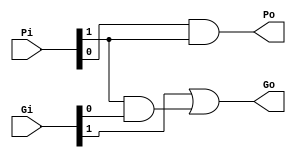
module Black_cell (
    Gi,Pi,
    Go,Po
);
    input wire [1:0] Gi,Pi;
    output wire Go,Po;
    assign Go = Gi[1] | (Pi[1] & Gi[0]);
    assign Po = Pi[0] & Pi[1];
endmodule

module Gray_cell (
    Gi,Pi,
    Go
);
    input wire [1:0] Gi;
    input wire Pi;
    output wire Go;
    assign Go = Gi[1] | (Pi & Gi[0]);
endmodule

module sklansky (
    A,B,Cin,
    S,Cout
);
input wire [15:0]A,B;
input wire Cin;
output wire Cout;
output wire [15:0]S;
wire [16:0]g,p;
assign g[0] = Cin;
assign p[0] = 1'b0;
assign g[16:1] = A & B;
assign p[16:1] = A ^ B;

wire g1[15:0];
wire p1[15:1];
wire g2[15:0];
wire p2[15:1];
wire g3[15:0];
wire p3[15:1];
wire g4[15:0];
wire p4[15:1];

//stage 1
Gray_cell G_1_1({g[1], g[0]}, p[1], g1[1]);
Black_cell B_1_2({g[2], g[1]}, {p[2], p[1]}, g1[2], p1[2]);
Black_cell B_1_3({g[3], g[2]}, {p[3], p[2]}, g1[3], p1[3]);
Black_cell B_1_4({g[4], g[3]}, {p[4], p[3]}, g1[4], p1[4]);
Black_cell B_1_5({g[5], g[4]}, {p[5], p[4]}, g1[5], p1[5]);
Black_cell B_1_6({g[6], g[5]}, {p[6], p[5]}, g1[6], p1[6]);
Black_cell B_1_7({g[7], g[6]}, {p[7], p[6]}, g1[7], p1[7]);
Black_cell B_1_8({g[8], g[7]}, {p[8], p[7]}, g1[8], p1[8]);
Black_cell B_1_9({g[9], g[8]}, {p[9], p[8]}, g1[9], p1[9]);
Black_cell B_1_10({g[10], g[9]}, {p[10], p[9]}, g1[10], p1[10]);
Black_cell B_1_11({g[11], g[10]}, {p[11], p[10]}, g1[11], p1[11]);
Black_cell B_1_12({g[12], g[11]}, {p[12], p[11]}, g1[12], p1[12]);
Black_cell B_1_13({g[13], g[12]}, {p[13], p[12]}, g1[13], p1[13]);
Black_cell B_1_14({g[14], g[13]}, {p[14], p[13]}, g1[14], p1[14]);
Black_cell B_1_15({g[15], g[14]}, {p[15], p[14]}, g1[15], p1[15]);

//stage 2
Gray_cell G_2_2({g1[2], g[0]}, p1[2], g2[2]);
Gray_cell G_2_3({g1[3], g1[1]}, p1[3], g2[3]);
Black_cell B_2_4({g1[4], g1[2]}, {p1[4], p1[2]}, g2[4], p2[4]);
Black_cell B_2_5({g1[5], g1[3]}, {p1[5], p1[3]}, g2[5], p2[5]);
Black_cell B_2_6({g1[6], g1[4]}, {p1[6], p1[4]}, g2[6], p2[6]);
Black_cell B_2_7({g1[7], g1[5]}, {p1[7], p1[5]}, g2[7], p2[7]);
Black_cell B_2_8({g1[8], g1[6]}, {p1[8], p1[6]}, g2[8], p2[8]);
Black_cell B_2_9({g1[9], g1[7]}, {p1[9], p1[7]}, g2[9], p2[9]);
Black_cell B_2_10({g1[10], g1[8]}, {p1[10], p1[8]}, g2[10], p2[10]);
Black_cell B_2_11({g1[11], g1[9]}, {p1[11], p1[9]}, g2[11], p2[11]);
Black_cell B_2_12({g1[12], g1[10]}, {p1[12], p1[10]}, g2[12], p2[12]);
Black_cell B_2_13({g1[13], g1[11]}, {p1[13], p1[11]}, g2[13], p2[13]);
Black_cell B_2_14({g1[14], g1[12]}, {p1[14], p1[12]}, g2[14], p2[14]);
Black_cell B_2_15({g1[15], g1[13]}, {p1[15], p1[13]}, g2[15], p2[15]);

//stage 3
Gray_cell G_3_4({g2[4], g[0]}, p2[4], g3[4]);
Gray_cell G_3_5({g2[5], g1[1]}, p2[5], g3[5]);
Gray_cell G_3_6({g2[6], g2[2]}, p2[6], g3[6]);
Gray_cell G_3_7({g2[7], g2[3]}, p2[7], g3[7]);
Black_cell B_3_8({g2[8], g2[4]}, {p2[8], p2[4]}, g3[8], p3[8]);
Black_cell B_3_9({g2[9], g2[5]}, {p2[9], p2[5]}, g3[9], p3[9]);
Black_cell B_3_10({g2[10], g2[6]}, {p2[10], p2[6]}, g3[10], p3[10]);
Black_cell B_3_11({g2[11], g2[7]}, {p2[11], p2[7]}, g3[11], p3[11]);
Black_cell B_3_12({g2[12], g2[8]}, {p2[12], p2[8]}, g3[12], p3[12]);
Black_cell B_3_13({g2[13], g2[9]}, {p2[13], p2[9]}, g3[13], p3[13]);
Black_cell B_3_14({g2[14], g2[10]}, {p2[14], p2[10]}, g3[14], p3[14]);
Black_cell B_3_15({g2[15], g2[11]}, {p2[15], p2[11]}, g3[15], p3[15]);

//stage 4
Gray_cell G_4_8({g3[8], g[0]}, p3[8], g4[8]);
Gray_cell G_4_9({g3[9], g1[1]}, p3[9], g4[9]);
Gray_cell G_4_10({g3[10], g2[2]}, p3[10], g4[10]);
Gray_cell G_4_11({g3[11], g2[3]}, p3[11], g4[11]);
Gray_cell G_4_12({g3[12], g3[4]}, p3[12], g4[12]);
Gray_cell G_4_13({g3[13], g3[5]}, p3[13], g4[13]);
Gray_cell G_4_14({g3[14], g3[6]}, p3[14], g4[14]);
Gray_cell G_4_15({g3[15], g3[7]}, p3[15], g4[15]);

assign S = p[16:1] ^ { g4[15], g4[14], g4[13], g4[12], g4[11], g4[10], g4[9], g4[8],
                       g3[7], g3[6], g3[5], g3[4], g2[3], g2[2], g1[1], g[0]};
assign Cout = g[16] | (p[16] & g4[15]);




endmodule